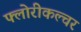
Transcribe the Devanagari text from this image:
फ्लोरीकल्चर